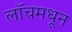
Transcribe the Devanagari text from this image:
लॉचमधून